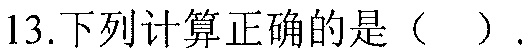
13.下列计算正确的是（  ）.